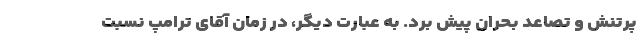
پرتنش و تصاعد بحران پیش برد. به عبارت دیگر، در زمان آقای ترامپ نسبت